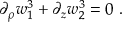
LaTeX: \partial _ { \rho } w _ { 1 } ^ { 3 } + \partial _ { z } w _ { 2 } ^ { 3 } = 0 \ .